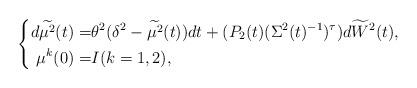
LaTeX: \begin{align*}\left\{\begin{aligned}d\widetilde{\mu^2}(t)=&\theta^2(\delta^2-\widetilde{\mu^2}(t))dt+(P_2(t)(\Sigma^2(t)^{-1})^\tau)d\widetilde{W}^2(t),\\\mu^k(0)=&I(k=1,2),\end{aligned}\right.\end{align*}